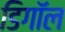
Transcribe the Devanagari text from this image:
डिगॉल